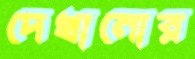
দেখানোর